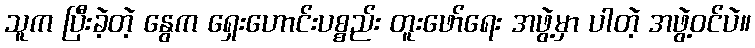
သူက ပြီးခဲ့တဲ့ နွေက ရှေးဟောင်းပစ္စည်း တူးဖော်ရေး အဖွဲ့မှာ ပါတဲ့ အဖွဲ့ဝင်ပဲ။